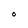
Character: O